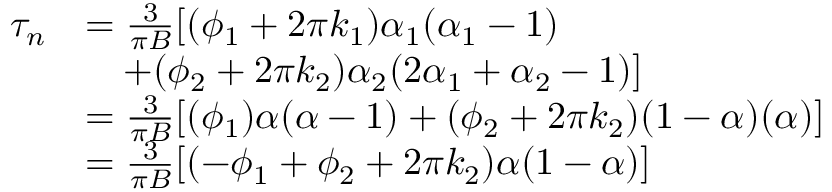
\begin{array} { r l } { \tau _ { n } } & { = \frac { 3 } { \pi B } [ ( \phi _ { 1 } + 2 \pi k _ { 1 } ) \alpha _ { 1 } ( \alpha _ { 1 } - 1 ) } \\ & { \quad + ( \phi _ { 2 } + 2 \pi k _ { 2 } ) \alpha _ { 2 } ( 2 \alpha _ { 1 } + \alpha _ { 2 } - 1 ) ] } \\ & { = \frac { 3 } { \pi B } [ ( \phi _ { 1 } ) \alpha ( \alpha - 1 ) + ( \phi _ { 2 } + 2 \pi k _ { 2 } ) ( 1 - \alpha ) ( \alpha ) ] } \\ & { = \frac { 3 } { \pi B } [ ( - \phi _ { 1 } + \phi _ { 2 } + 2 \pi k _ { 2 } ) \alpha ( 1 - \alpha ) ] } \end{array}